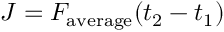
J = F _ { \mathrm { a v e r a g e } } ( t _ { 2 } - t _ { 1 } )